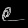
Digit: ၉